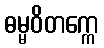
ဓမ္မဝိတက္ကေ